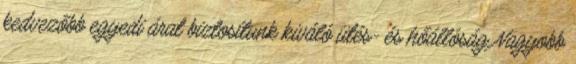
kedvezőbb egyedi árat biztosítunk kiváló ütés- és hőállóság Nagyobb